Reports on dispensaries and lunatic asylums in the Province of Oudh - 1869-1876
Year: 1869
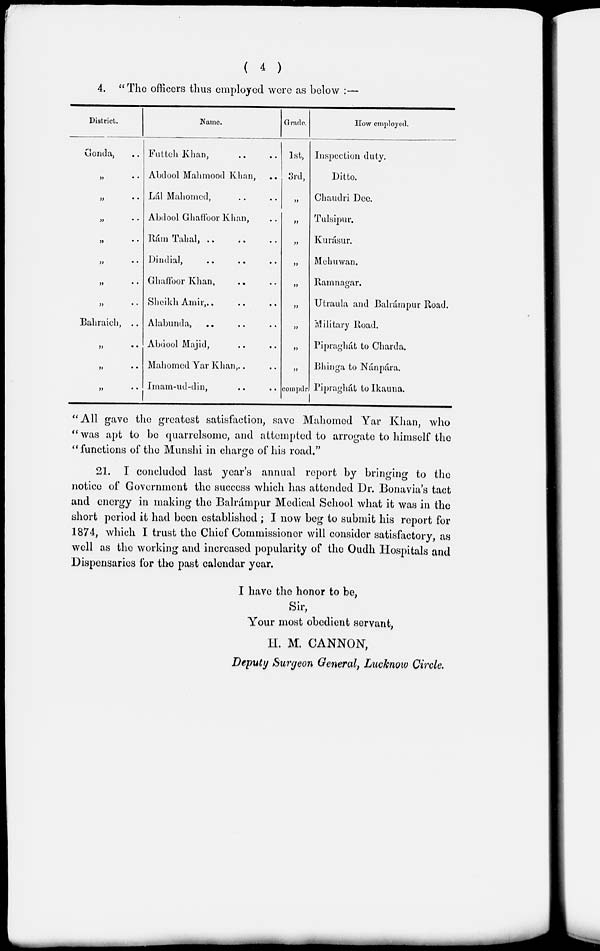
( 4 )
4. " The officers thus employed were as below :—
District.
Gonda, ..
„ ..
„ ..
„ ..
„ ..
„ ..
„ ..
„
Bahraich, ..
„ ..
„ ..
„ ..
Name.
Futteh Khan, .. ..
Abdool Mahmood Khan,
..
Lál Mahomed, .. ..
Abdool Ghaffoor Khan, ..
Rám Tahal, .. .. ..
Dindial, .. .. ..
Ghaffoor Khan, .. ..
Sheikh Amir, .. .. ..
Alabunda, .. .. ..
Abdool Majid, .. ..
Mahomed Yar Khan, .. ..
Imam-ud-din, .. ..
Grade.
1st,
3rd,
„
„
„
„
„
„
„
„
„
compdr
How employed.
Inspection duty.
Ditto.
Chaudri Dec.
Tulsipur.
Kurásur.
Mehuwan.
Ramnagar.
Utraula and Balrámpur Road.
Military Road.
Pipraghát to Charda.
Bhinga to Nánpára.
Pipraghát to Ikauna.
"All gave the greatest satisfaction, save Mahomed Yar Khan, who
" was apt to be quarrelsome, and attempted to arrogate to himself the
" functions of the Munshi in charge of his road."
21. I concluded last year's annual report by bringing to the
notice of Government the success which has attended Dr. Bonavia's tact
and energy in making the Balrámpur Medical School what it was in the
short period it had been established ; I now beg to submit his report for
1874, which I trust the Chief Commissioner will consider satisfactory, as
well as the working and increased popularity of the Oudh Hospitals and
Dispensaries for the past calendar year.
I have the honor to be,
Sir,
Your most obedient servant,
H, M. CANNON,
Deputy Surgeon General, Lucknow Circle.